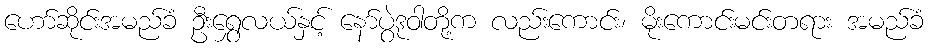
ဟော်ဆိုင်းအမည်ခံ ဦးရွှေလယ်နှင့် နော်ပွဲဒုဝါတို့က လည်းကောင်း၊ မိုးကောင်းမင်းတရား အမည်ခံ